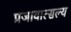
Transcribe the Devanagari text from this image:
प्रजावात्सल्य